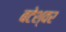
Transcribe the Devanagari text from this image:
बटेश्‍वर